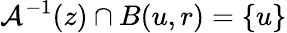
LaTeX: \mathcal{A}^{-1}(z)\cap B(u,r)=\{ u\}